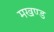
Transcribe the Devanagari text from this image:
मखण्ड